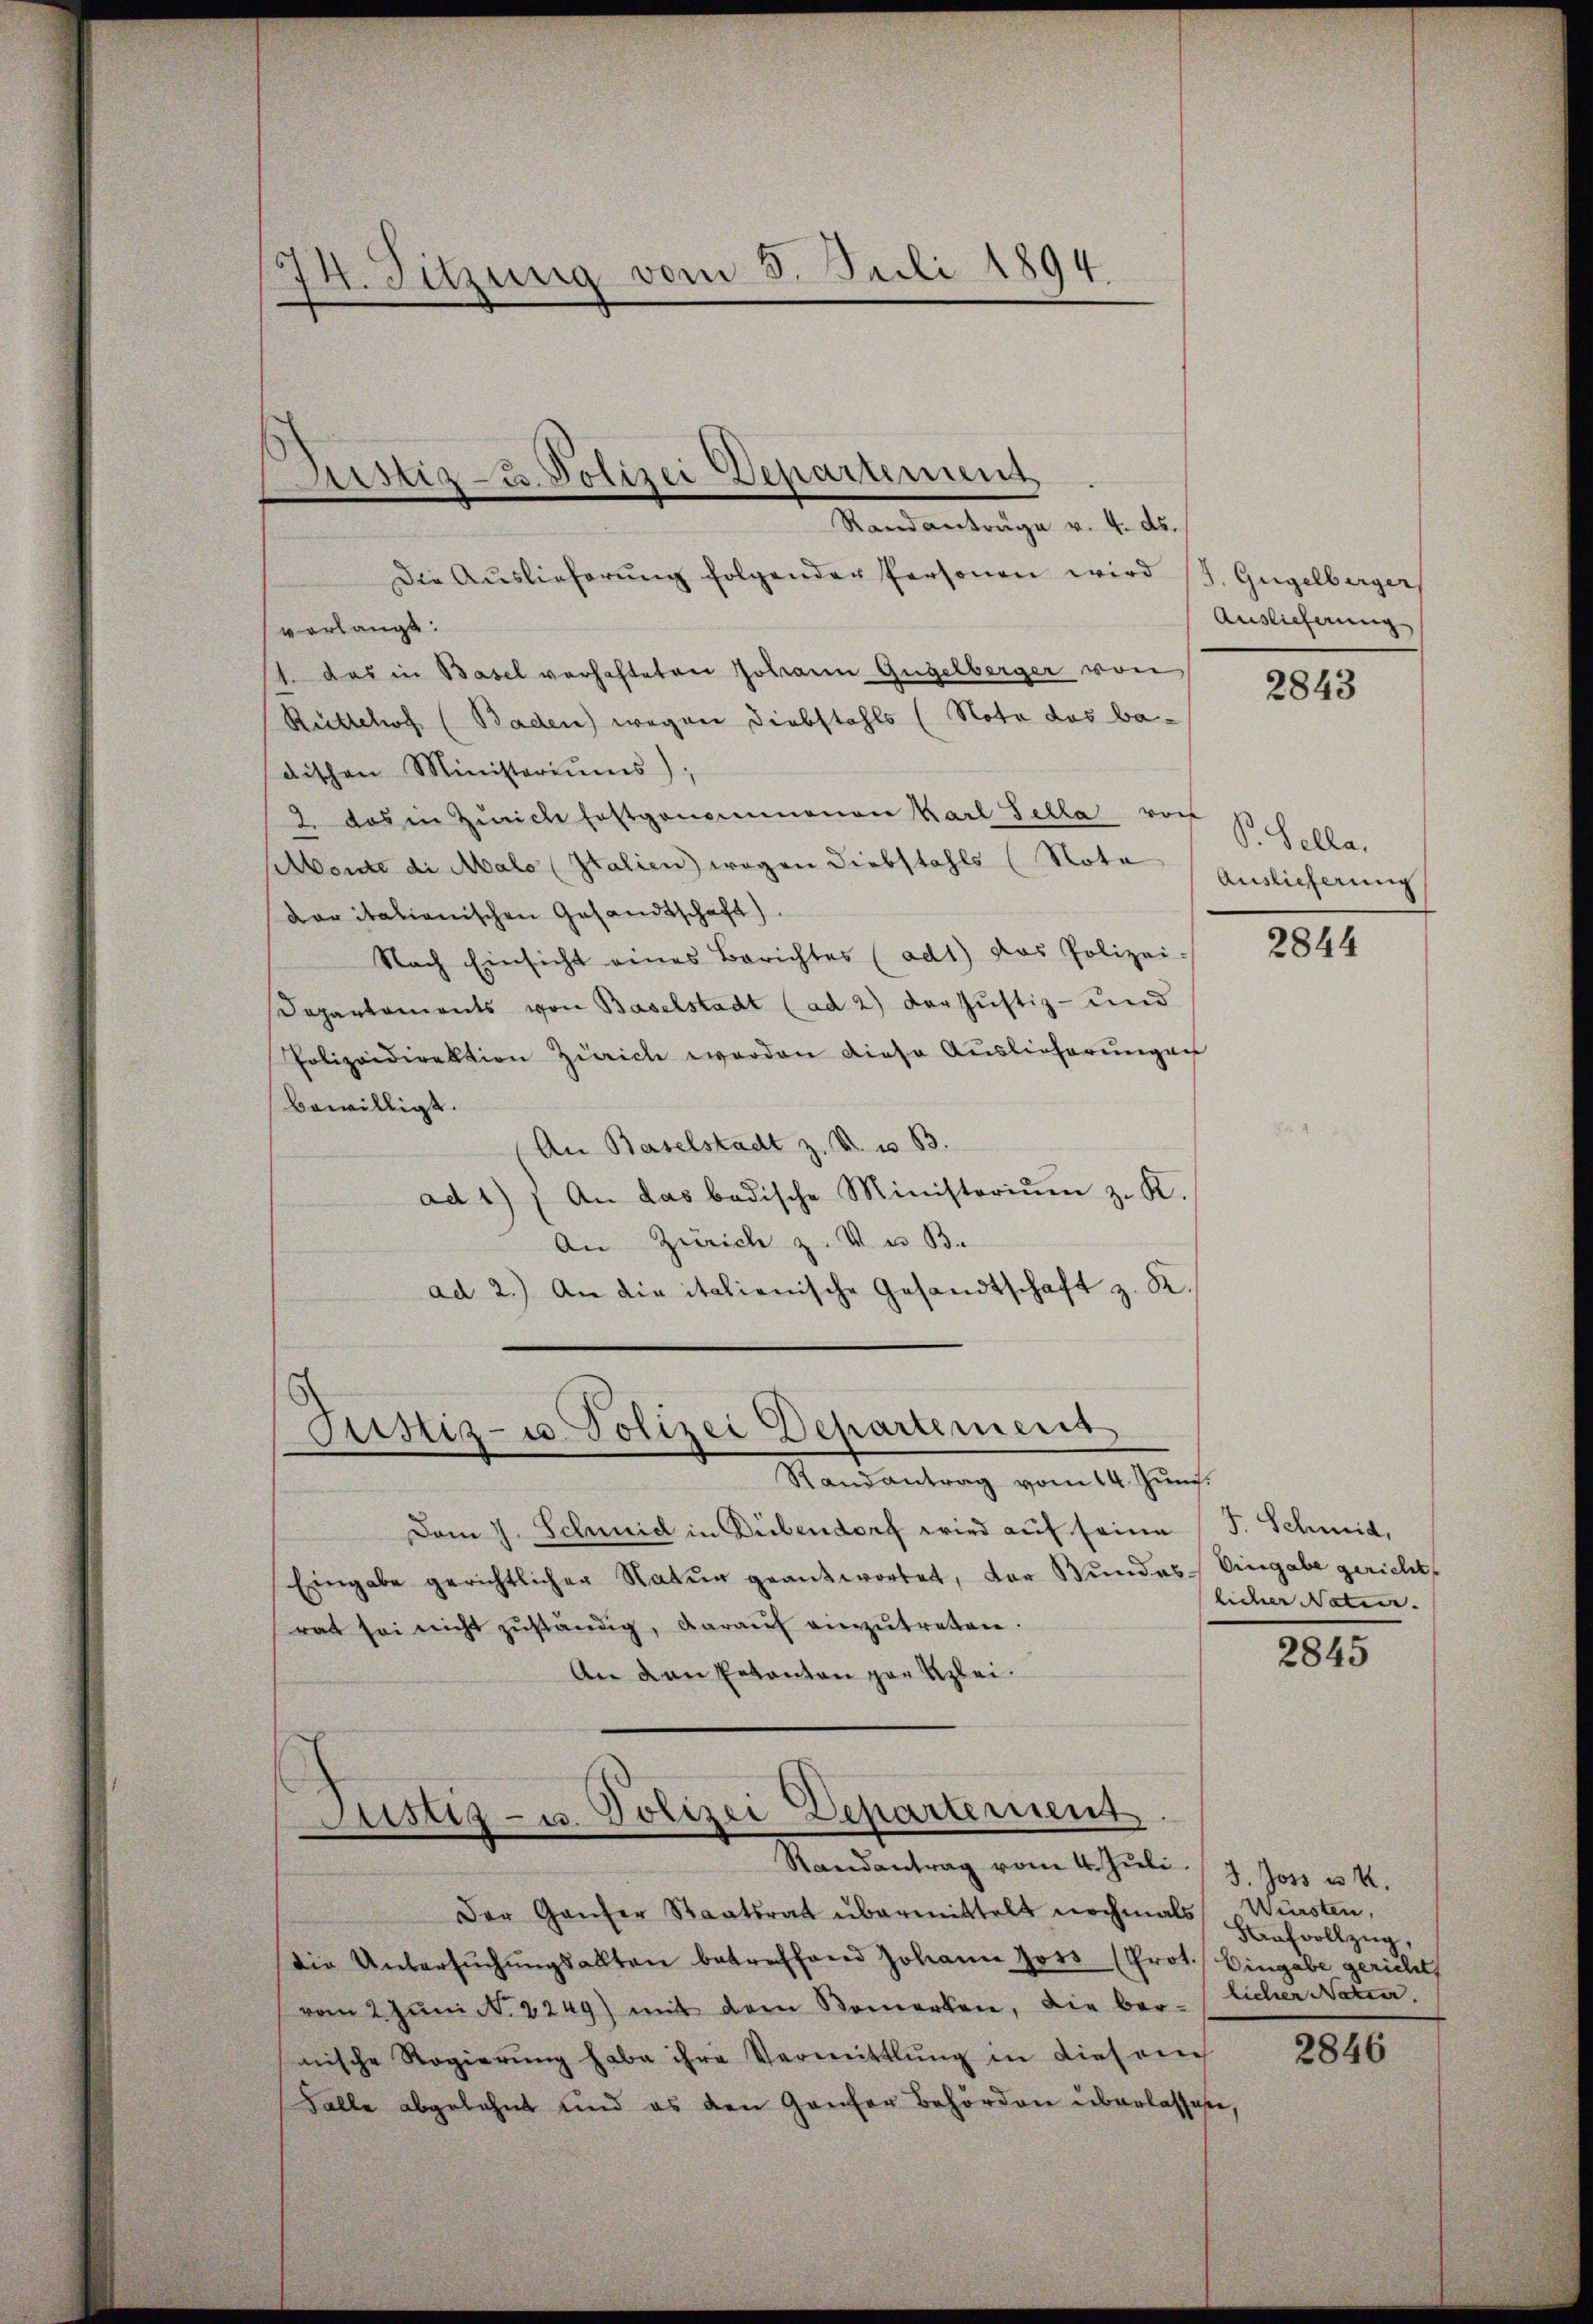
4. Sitzung vom 5. Juli 1894

istiz- u. Polizei Departement
Randanträge v. 4. ds.

Die Aŭslieferŭng folgender Personen wird (J. Gugelberger
verlangt:
1. das in Basel verhafteten Johann Gugelberger von
Rütschof (Baden) wegen Diebstahls (Nota das badischen Ministeriums);
2 das in Zürich festgenommenen Karl Fella vor
Abende di Malo (Italien) wegen Diebstahls (Nota
dar italienischen Gesandtschaft).
Nach Einsicht eines Berichtes (ad1) Das Polizei-
Departements von Baselstadt (ad 2) der Justiz- und
Polizeidirektion Zürich werden diese Auslieferungen
bewilligt.
An Baselstadt z. B. u. 83.
ad 1) An das badische Ministoriŭm z. K.
An Zürich z. V. B.
ad 2.) An die italienische Gesandtschaft z. K.
Justiz- u. Polizei Departement
Randantrag vom 14. Junis.
Dam 7. Schmid in Dübendorf wird auf seine J. Schmid,
Eingabe gerichtlichen Natur geantwortet, der Bundes Eingabe gericht
rat sei nicht zuständig, darauf anzutreten.
An den Erkanton par Klei¬

Justiz- u. Polizei Departement

Auslieferung

Randantrag vom 4. Jŭli 7. Joss u. 4.
Der Ganzer Staatsrat übermittelt nochmals Würsten,
die Untersŭchŭngsallten betreffend Johann Joss (Prot. Eingabe gericht
vom 2. Juni N. 2249) mit dem Bemerken, die beo-licher Natra
nische Regierŭng habe ihre Vermittlung in dieserch
Falle abgelehnt und es den Gantor Behörden überlassen,

2843

V. Sella.
Auslieferung

2844

licher Nation. |

2845

Strafvollzug,

2846